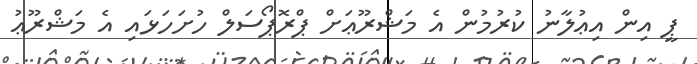
ޕީ އިން އިޢުލާނު ކުރުމުން އެ މަޝްރޫޢަށް ޕްރޮޕޯސަލް ހުށަހަޅައި އެ މަޝްރޫޢު